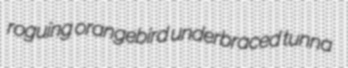
roguing orangebird underbraced tunna